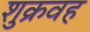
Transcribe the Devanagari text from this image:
शुक्रवह